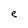
Character: e